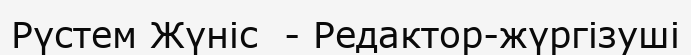
Рүстем Жүніс  - Редактор-жүргізуші